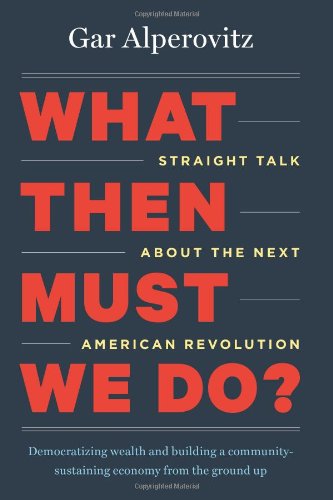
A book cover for What Then Must We Do?: Straight Talk about the Next American Revolution; Gar Alperovitz; Business & Money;